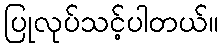
ပြုလုပ်သင့်ပါတယ်။